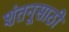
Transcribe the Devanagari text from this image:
शंतनूसाठी